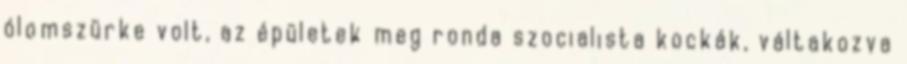
ólomszürke volt, az épületek meg ronda szocialista kockák, váltakozva